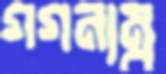
গগনাম্বু